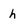
Character: h